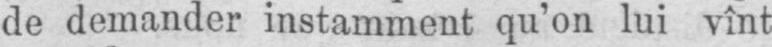
de demander instamment qu’on lui vînt